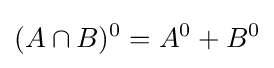
(A\cap B)^{0}=A^{0}+B^{0}